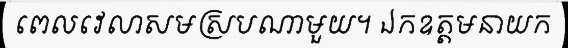
ពេលវេលាសមស្របណាមួយ។ ឯកឧត្តមនាយក